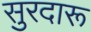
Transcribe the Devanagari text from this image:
सुरदारू